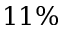
1 1 \%